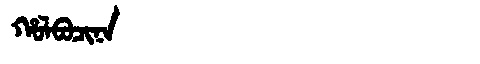
Manchu: ᡥᠣᠯᠪᠣᠴᡳᠨᠠ
Romanization: HOLBOCINA